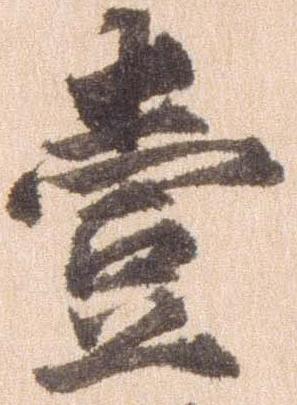
壱